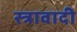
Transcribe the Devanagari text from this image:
स्त्रावादी